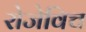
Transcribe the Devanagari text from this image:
रोजेविच